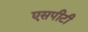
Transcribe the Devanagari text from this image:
एसपीटी